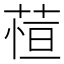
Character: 𬝖